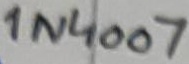
Text: 1N4007